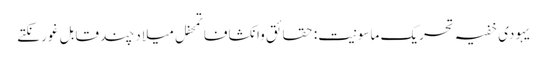
یہودی خفیہ تحریک ماسونیت: حقائق وانکشافاتمحفل میلاد چند قابل غور نکتے